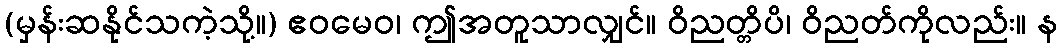
(မှန်းဆနိုင်သကဲ့သို့။) ဧဝမေဝ၊ ဤအတူသာလျှင်။ ဝိညတ္တိပိ၊ ဝိညတ်ကိုလည်း။ န